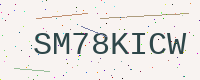
Text: SM78KICW